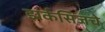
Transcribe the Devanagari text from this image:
झर्कसिजचे